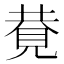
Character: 𧠩